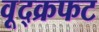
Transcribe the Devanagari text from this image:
वूद्क्रफट